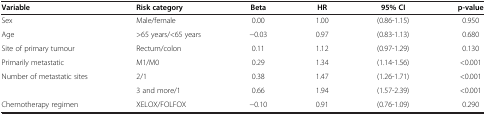
| Variable | Risk category | Beta | HR | 95% CI | p-value |
 | --- | --- | --- | --- | --- | --- |
 | Sex | Male/female | 0.00 | 1.00 | (0.86-1.15) | 0.950 |
 | Age | >65 years/<65 years | −0.03 | 0.97 | (0.83-1.13) | 0.680 |
 | Site of primary tumour | Rectum/colon | 0.11 | 1.12 | (0.97-1.29) | 0.130 |
 | Primarily metastatic | M1/M0 | 0.29 | 1.34 | (1.14-1.56) | <0.001 |
 | Number of metastatic sites | 2/1 | 0.38 | 1.47 | (1.26-1.71) | <0.001 |
 |  | 3 and more/1 | 0.66 | 1.94 | (1.57-2.39) | <0.001 |
 | Chemotherapy regimen | XELOX/FOLFOX | −0.10 | 0.91 | (0.76-1.09) | 0.290 |